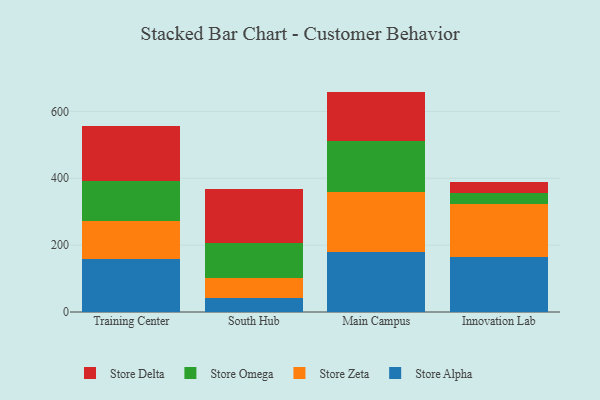
{"axis": {"x": "Campus", "y": "Production Output"}, "legend": ["Store Alpha", "Store Delta", "Store Omega", "Store Zeta"], "data": [{"x": "Training Center", "y": 157.7, "type": "Store Alpha"}, {"x": "Training Center", "y": 115.5, "type": "Store Zeta"}, {"x": "Training Center", "y": 117.4, "type": "Store Omega"}, {"x": "Training Center", "y": 165.4, "type": "Store Delta"}, {"x": "South Hub", "y": 40.8, "type": "Store Alpha"}, {"x": "South Hub", "y": 62.2, "type": "Store Zeta"}, {"x": "South Hub", "y": 102.7, "type": "Store Omega"}, {"x": "South Hub", "y": 162.3, "type": "Store Delta"}, {"x": "Main Campus", "y": 179.3, "type": "Store Alpha"}, {"x": "Main Campus", "y": 179.7, "type": "Store Zeta"}, {"x": "Main Campus", "y": 151.3, "type": "Store Omega"}, {"x": "Main Campus", "y": 148.7, "type": "Store Delta"}, {"x": "Innovation Lab", "y": 165.1, "type": "Store Alpha"}, {"x": "Innovation Lab", "y": 158.0, "type": "Store Zeta"}, {"x": "Innovation Lab", "y": 32.1, "type": "Store Omega"}, {"x": "Innovation Lab", "y": 34.9, "type": "Store Delta"}]}